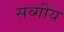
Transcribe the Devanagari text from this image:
सव्गीय